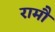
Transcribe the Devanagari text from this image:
रामौ